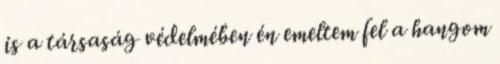
is a társaság védelmében én emeltem fel a hangom